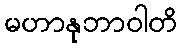
မဟာနုဘာဝါတိ